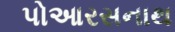
પોઆરસનાથ